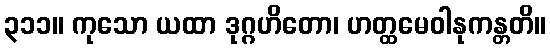
၃၁၁။ ကုသော ယထာ ဒုဂ္ဂဟိတော၊ ဟတ္ထမေဝါနုကန္တတိ။